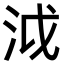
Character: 泧